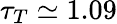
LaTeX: \tau_{T}\simeq 1.09